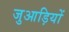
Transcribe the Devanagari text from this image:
जुआड़ियों